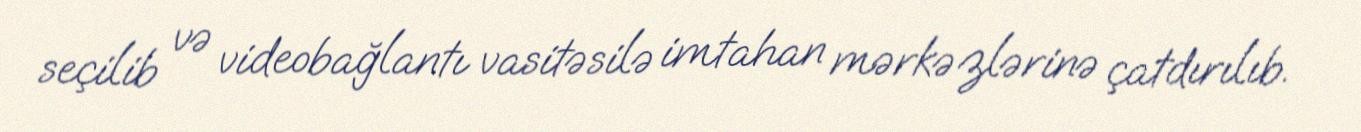
seçilib və videobağlantı vasitəsilə imtahan mərkəzlərinə çatdırılıb.